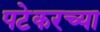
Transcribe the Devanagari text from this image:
पटेकरच्या